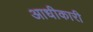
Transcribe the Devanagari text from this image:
आधीकारी